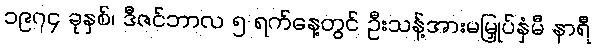
၁၉၇၄ ခုနှစ်၊ ဒီဇင်ဘာလ ၅ ရက်နေ့တွင် ဦးသန့်အားမမြှုပ်နှံမီ နာရီ